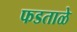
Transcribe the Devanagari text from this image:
फडताळे